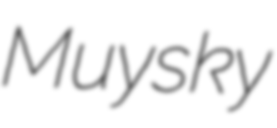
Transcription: Muysky